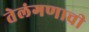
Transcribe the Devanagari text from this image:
तेलंगणाची